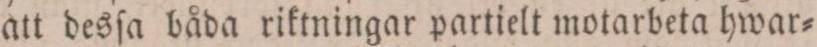
att desſa båda riktningar partielt motarbeta hwar=